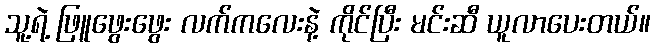
သူ့ရဲ့ ဖြူဖွေးဖွေး လက်ကလေးနဲ့ ကိုင်ပြီး မင်းဆီ ယူလာပေးတယ်။